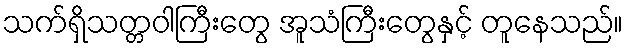
သက်ရှိသတ္တဝါကြီးတွေ အူသံကြီးတွေနှင့် တူနေသည်။